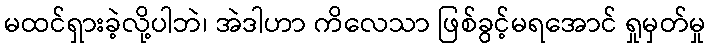
မထင်ရှားခဲ့လို့ပါဘဲ၊ အဲဒါဟာ ကိလေသာ ဖြစ်ခွင့်မရအောင် ရှုမှတ်မှု